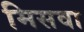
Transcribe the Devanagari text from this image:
मिसवा